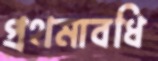
প্রথমাবধি